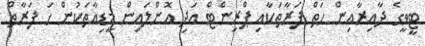
ޓީވީގެ ދާއިރާއިން ހަތް ފަރާތަކާއި ޕްރިންޓް އަދި އޮންލައިން މީޑިއާތަކުން ހަ ފަރާތް